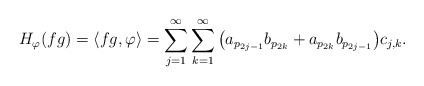
\begin{align*} H_\varphi(fg)=\left\langle fg, \varphi \right\rangle = \sum_{j=1}^\infty \sum_{k=1}^\infty\big(a_{p_{2j-1}}b_{p_{2k}}+a_{p_{2k}}b_{p_{2j-1}}\big)c_{j,k}.\end{align*}